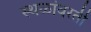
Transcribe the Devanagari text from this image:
स्थळांवरती